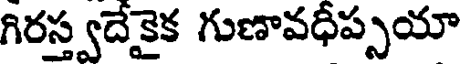
గిరస్త్వదేకైక గుణావధీప్సయా